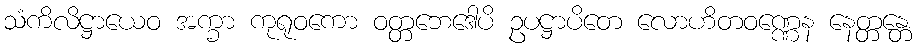
သံကိလိဋ္ဌာယေဝ အက္ခာ ကုရုဝကော ဝတ္တဘေဒေါပိ ဥပဋ္ဌာပိတေ လောဟိတဝဏ္ဏေန နေတ္တန္တေ